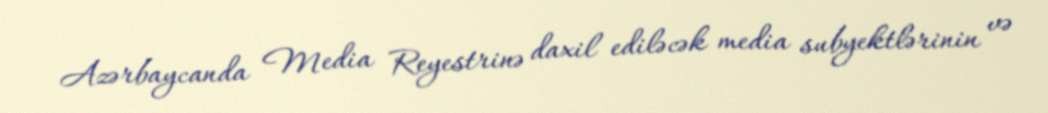
Azərbaycanda Media Reyestrinə daxil ediləcək media subyektlərinin və